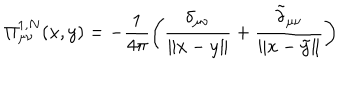
LaTeX: \Pi _ { \mu \nu } ^ { 1 , N } ( x , y ) = - \frac { 1 } { 4 \pi } \biggl ( \frac { \delta _ { \mu \nu } } { \| x - y \| } + \frac { \tilde { \delta } _ { \mu \nu } } { \| x - \tilde { y } \| } \biggr )